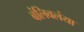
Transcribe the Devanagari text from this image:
बंलिवलंया